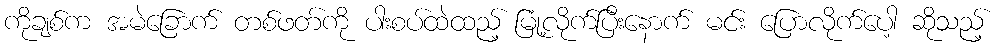
ကိုချစ်က အမဲခြောက် တစ်ဖတ်ကို ပါးစပ်ထဲထည့် မြုံ့လိုက်ပြီးနောက် မင်း ပြောလိုက်ပေါ့ ဆိုသည့်